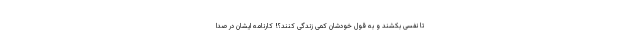
تا نفسی بکشند و به قول خودشان کمی زندگی کنند؟! کارنامه ایشان در صدا